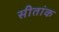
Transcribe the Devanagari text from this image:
सीतांक